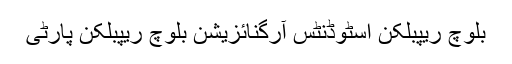
بلوچ ریپبلکن اسٹوڈنٹس آرگنائزیشن بلوچ ریپبلکن پارٹی